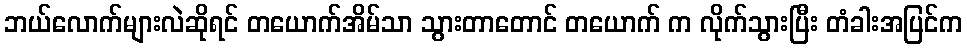
ဘယ်လောက်များလဲဆိုရင် တယောက်အိမ်သာ သွားတာတောင် တယောက် က လိုက်သွားပြီး တံခါးအပြင်က